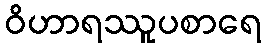
ဝိဟာရဿူပစာရေ